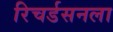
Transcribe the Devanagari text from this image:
रिचर्डसनला